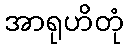
အာရုဟိတုံ